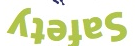
Safety